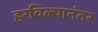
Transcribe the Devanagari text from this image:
हरविल्यानंतर